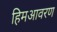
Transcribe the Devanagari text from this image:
हिमआवरण